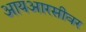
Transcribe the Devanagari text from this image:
आयआरसीवर